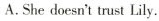
A. She doesn't trust Lily.